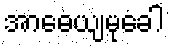
အာဓေယျမုခေါ